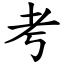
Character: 考